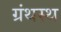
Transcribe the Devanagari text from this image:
ग्रंथस्थ